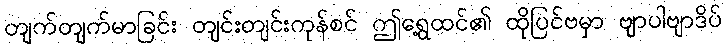
တျက်တျက်မာခြင်း တျင်းတျင်းကုန်စင် ဤရွေ့ထင်၏ ထိုပြင်ဗမှာ ဗျာပါဗျာဒိပ်